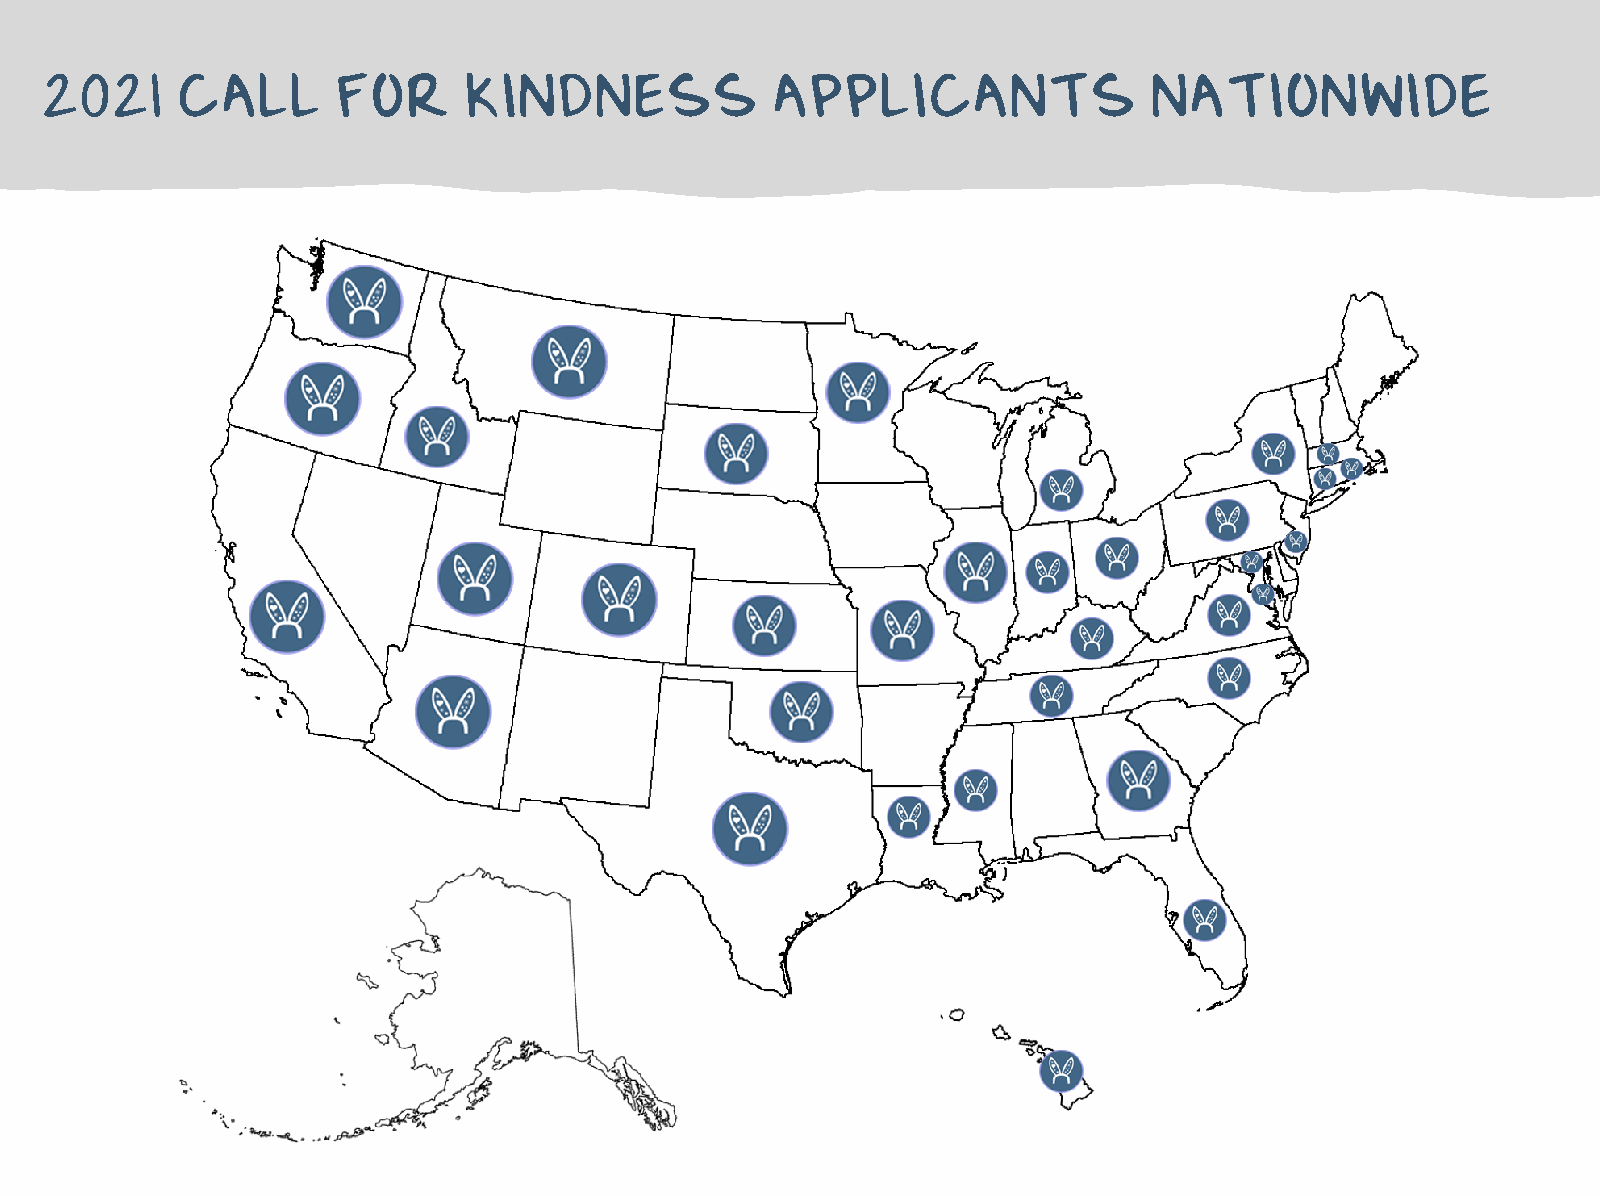
2021     CALL      FOR      KINDNESS            APPLICANTS               NATIONWIDE